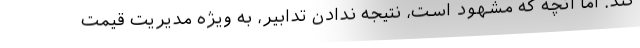
کند. اما آنچه که مشهود است، نتیجه ندادن تدابیر، به ویژه مدیریت قیمت